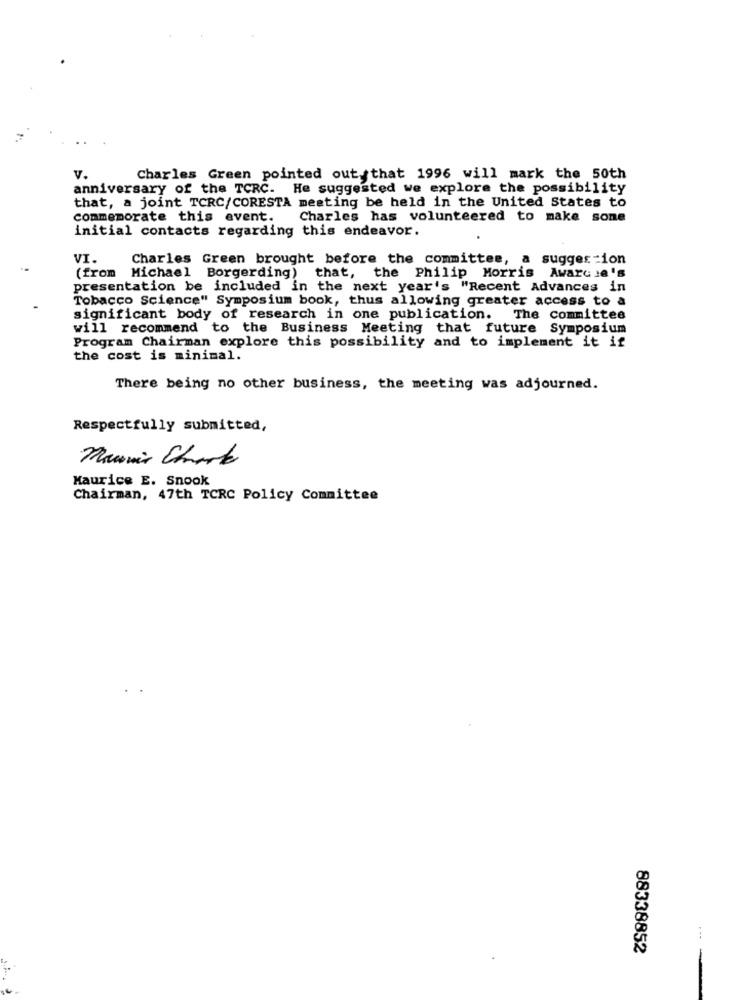
v.
Charles Green pointed out. that 1996 will mark the 50th
anniversary of the TCRC. He suggested we explore the possibility
that, a joint TCRC/CORESTA meeting be held in the United States to
commemorate this event.
Charles has volunteered to make sone
initial contacts regarding this endeavor.
VI.
Charles Green brought before the committee, a suggestion
(from Michael Borgerding) that, the Philip Morris Awarcia's
presentation be included in the next year's "Recent Advances in
Tobacco Science" Symposium book, thus allowing greater access to a
significant body of research in one publication. The committee
will recommend to the Business Meeting that future Symposium
Program Chairman explore this possibility and to implement it if
the cost is minimal.
There being no other business, the meeting was adjourned.
Respectfully submitted,
Manmir Stark
Maurice E. Snook
Chairman, 47th TCRC Policy Committee
...
88338852